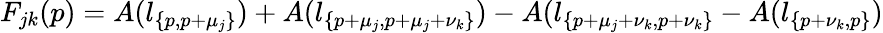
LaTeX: F_{jk}(p)=A(l_{\{ p,p+\mu_{j}\} })+A(l_{\{ p+\mu_{j},p+\mu_{j}+\nu_{k}\} })-A(l_{\{ p+\mu_{j}+\nu_{k},p+\nu_{k}\} }-A(l_{\{ p+\nu_{k},p\} })